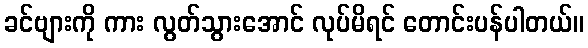
ခင်ဗျားကို ကား လွတ်သွားအောင် လုပ်မိရင် တောင်းပန်ပါတယ်။